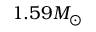
1 . 5 9 M _ { \odot }